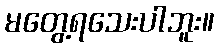
မတွေ့ရသေးပါဘူး။